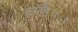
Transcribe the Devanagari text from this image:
हल्लै।।